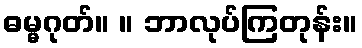
ဓမ္မဂုတ်။ ။ ဘာလုပ်ကြတုန်း။